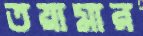
তয়ামার